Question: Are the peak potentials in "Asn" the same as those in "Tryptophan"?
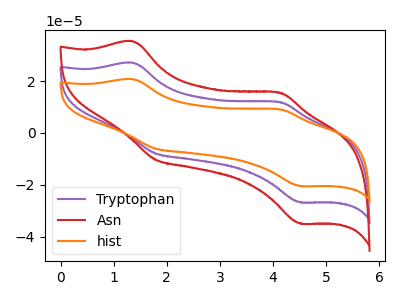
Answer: <think>The purple curve "Tryptophan" has anodic peaks at (1.35V, 27.10uA) (4.15V, 11.90uA) and cathodic peaks at (1.80V, -7.90uA) (4.50V, -26.80uA). The red curve "Asn" has anodic peaks at (1.35V, 35.35uA) (4.15V, 15.50uA) and cathodic peaks at (1.80V, -10.35uA) (4.50V, -35.00uA). The orange curve "hist" has anodic peaks at (1.35V, 54.15uA) (4.15V, 23.75uA) and cathodic peaks at (1.80V, -15.80uA) (4.50V, -53.60uA).</think>
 <answer>Yes, "Asn" have a peak in "Tryptophan" at the same potential.</answer>
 <eval>match</eval>